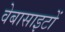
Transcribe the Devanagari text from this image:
वेबासाइटों